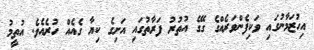
އިހުޒަމާނުގައި ވަކިފެންވަރެއްގެ ގޭގެ އުތުރު ފަރާތުގައި އަށިގެ ކިޔާ ގެއެއް ހުރެއެވެ. އުތީމު